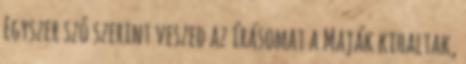
Egyszer szó szerint veszed az írásomat a Maják kihaltak,